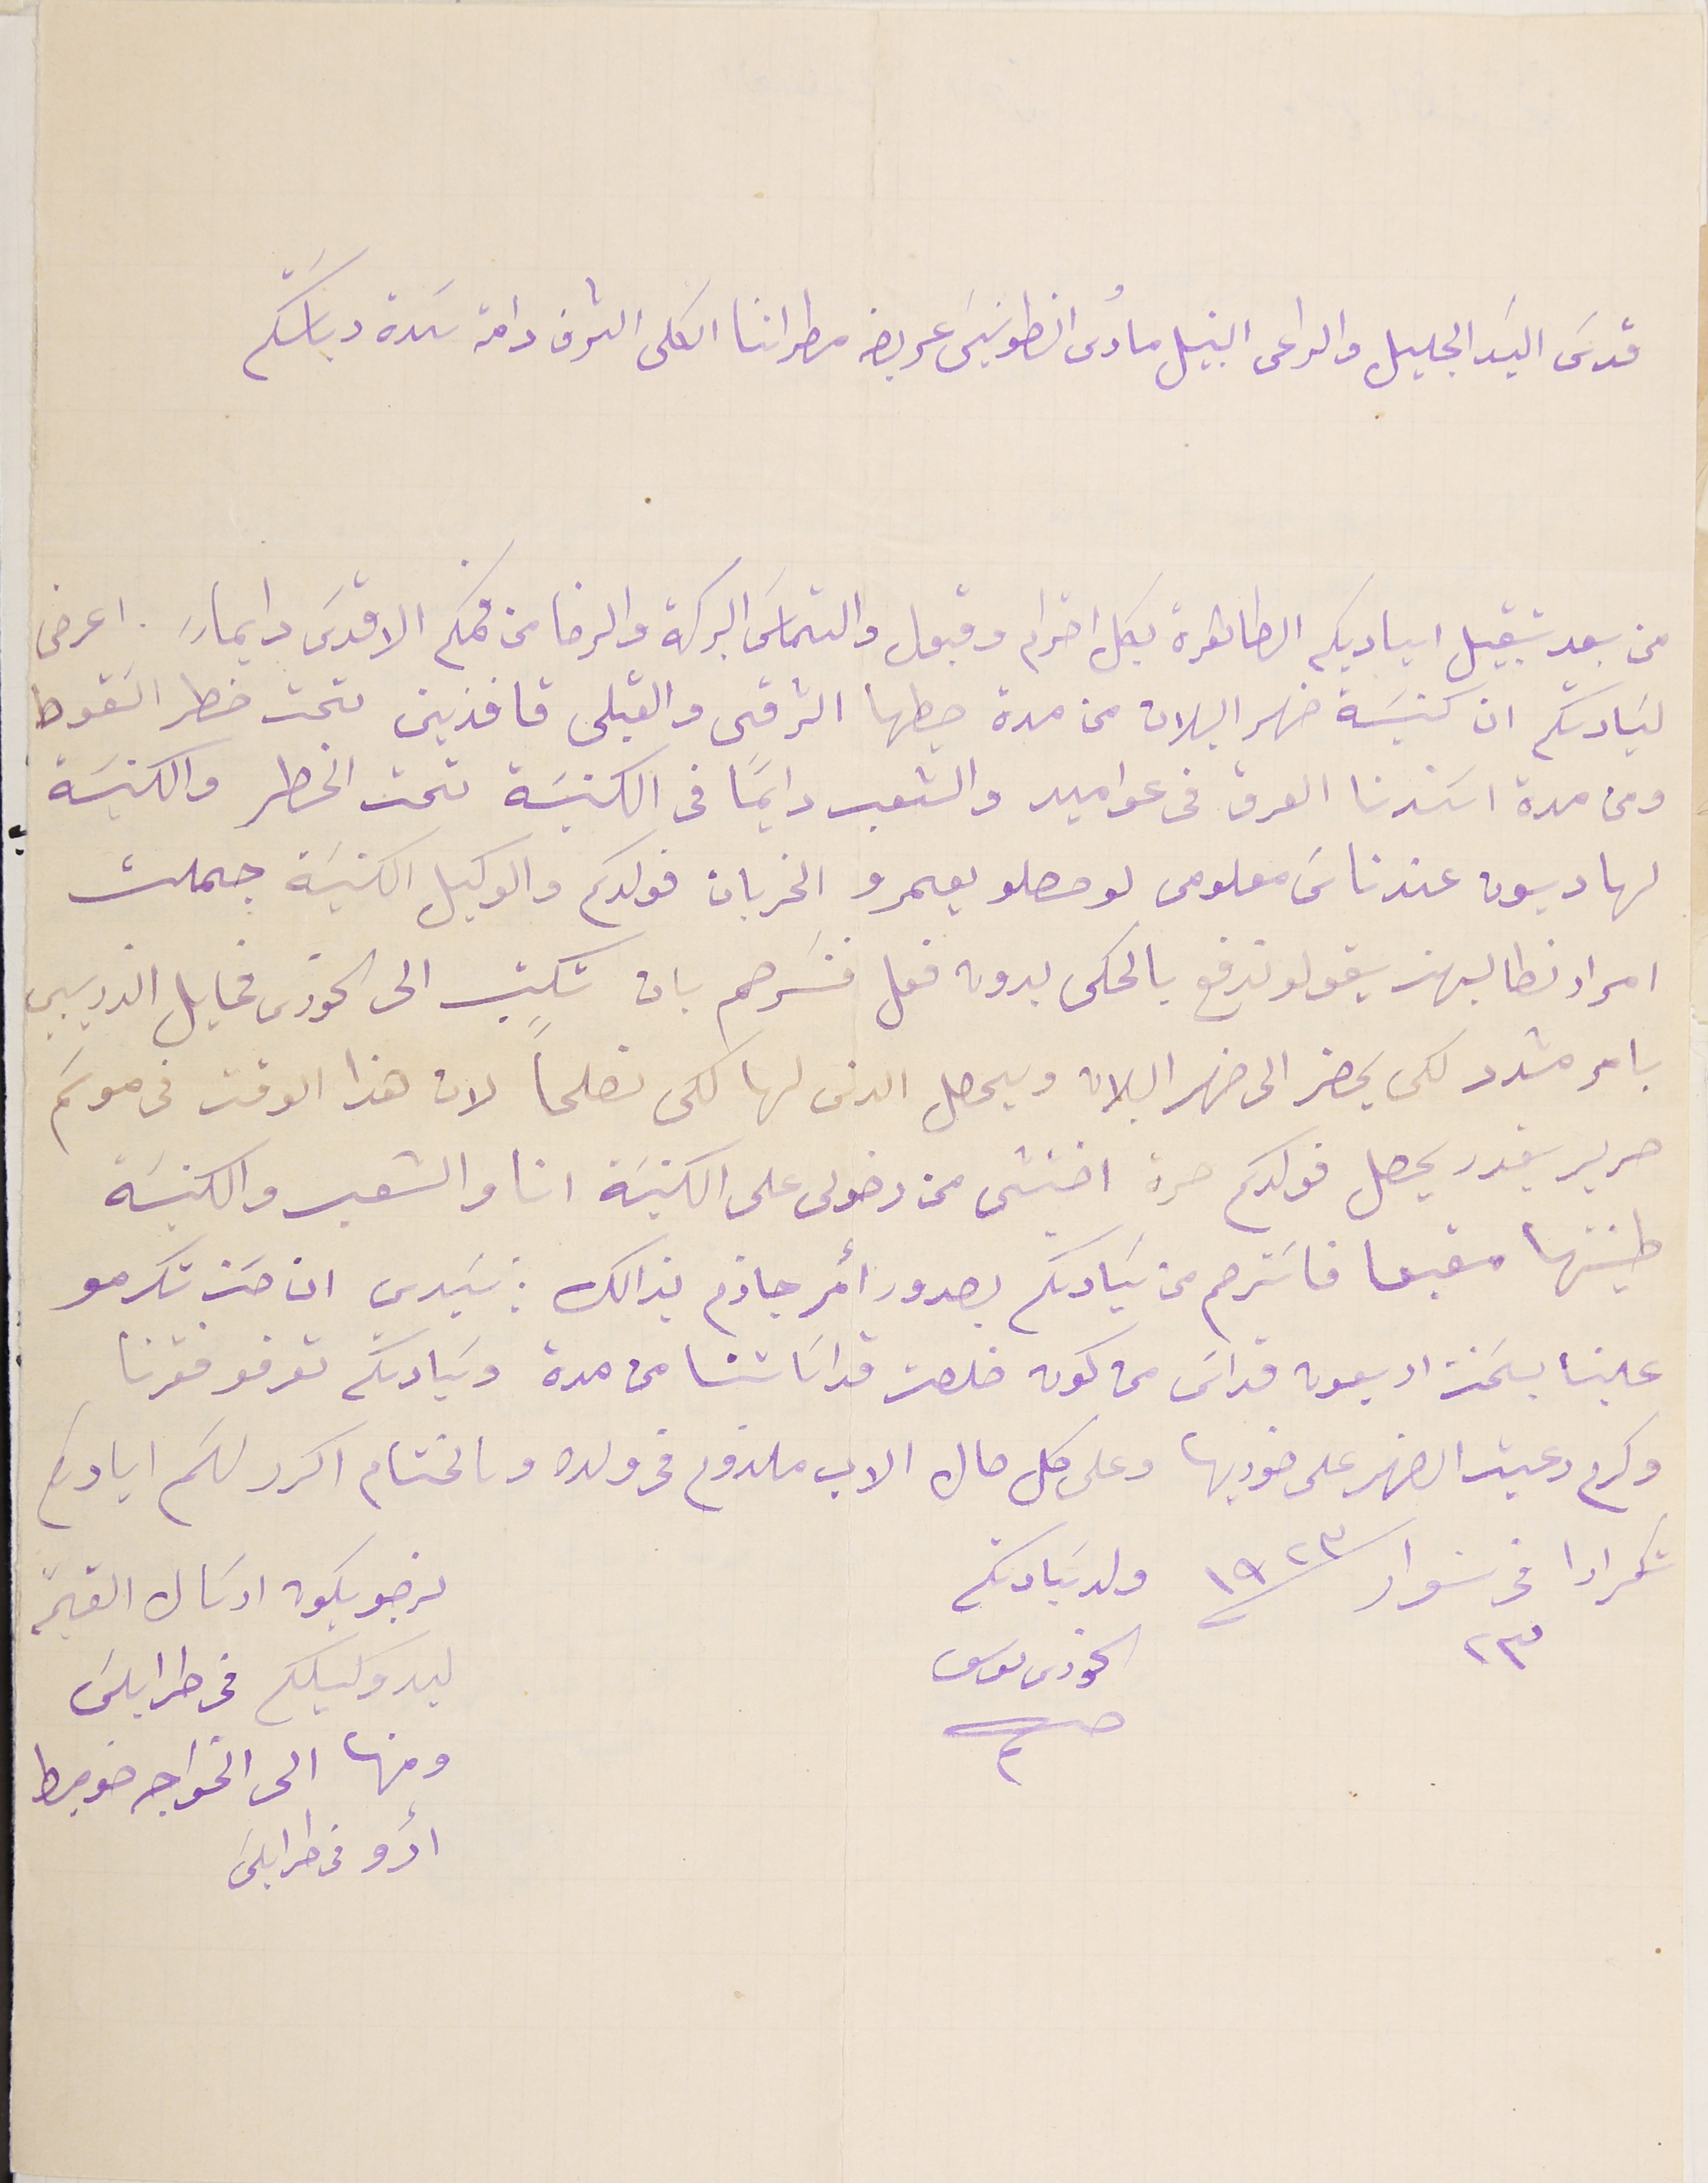
قدسَ السَيد الجليل والراعى النبيل مارى انطونيسَ عريضه مطراننا الكلى الشرف دامة سَدة رياسَتكم
من بعد تقبيل اياديكم الطاهرة بكل احترام وقبول والتماسَ البركة والرضا من فمكم الاقدسَ دايما ً. اعرض
لسَيادتكم ان كنيسَة ضهر البلان من مدة حيطها الشرقى والقبلى قافذين تحت خطر السَقوط
ومن مدة اسَندنا العرق فى عواميد والشعب دايمًا فى الكنيسَة تحت الخطر والكنيسَة
لها ديون عند ناسَ معلومى لو حصلو يعمرو الخربان فولدكم والوكيل الكنيسَة جملت
امرار نطالبهن يقولو ندفع بالحكى بدون فعل فنسَرهم بان تكتب الى الخورى مخايل الذريبي
بامر مشدد لكى يحضر الى ضهر البلان ويحصل الدىن لها لكى نصلحاً لان هذا الوقت فى موسَم
حرير يقدر يحصل فولدكم مرة اختشى من دخولى على الكنيسَة انا والشعب والكنيسَة
طينتها مقبعا فاسَترحم من سَيادتكم بصدور أمر جاذم بذالك : سَيدي ان حسَن تكرمو
 علينا بسَحنت اربعون قداسَ من كون خلصت قداسَاتنا من مدة وسَيادتكم تعرفو فقرنا
وكرم رعية الضهر على خوريها وعلى كل حال الاب ملزوم فى ولده وىالختام اكرر لتم اياديكم
تكرارا فى ٢٣ نوار سنة ١٩٣٢
ولد سَيادتكم الخورى ىوسف
نرجو يكون ارسَال القيمة
ليد وكيلكم فى طرابلسَ
ومنها الى الخواجه ضوميط
أدو فى طرابلسَ